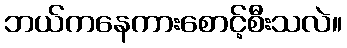
ဘယ်ကနေကားစောင့်စီးသလဲ။